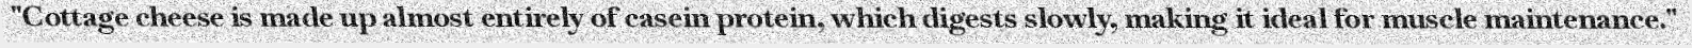
"Cottage cheese is made up almost entirely of casein protein, which digests slowly, making it ideal for muscle maintenance."